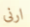
ارنى